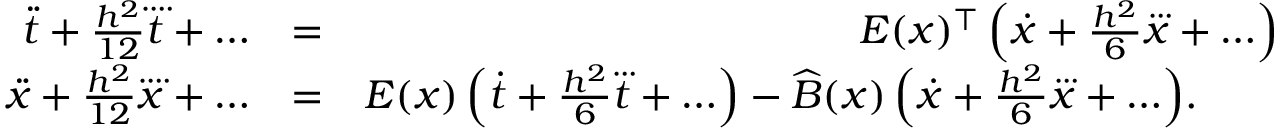
\begin{array} { r l r } { \ddot { t } + \frac { h ^ { 2 } } { 1 2 } \ddddot t + \ldots } & { = } & { E ( x ) ^ { \top } \, \Bigl ( \dot { x } + \frac { h ^ { 2 } } 6 \dddot x + \ldots \Bigr ) } \\ { \ddot { x } + \frac { h ^ { 2 } } { 1 2 } \ddddot x + \ldots } & { = } & { E ( x ) \, \Bigl ( \dot { t } + \frac { h ^ { 2 } } 6 \dddot t + \ldots \Bigr ) - \widehat B ( x ) \, \Bigl ( \dot { x } + \frac { h ^ { 2 } } 6 \dddot x + \ldots \Bigr ) . \qquad } \end{array}